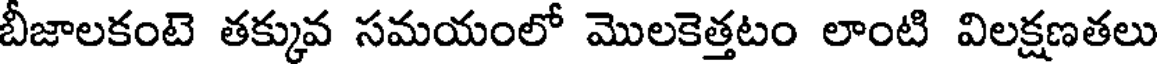
బీజాలకంటె తక్కువ సమయంలో మొలకెత్తటం లాంటి విలక్షణతలు